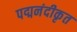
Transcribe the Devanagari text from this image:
पद्मनंदीकृत